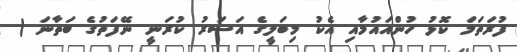
ފުރަތަމަ ކޮޅު ހުންއައުމާއި އެކު މިބަލީގެ އަސަރު ކުރަނީ ނޭފަތުގެ ބަތާނަ (